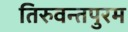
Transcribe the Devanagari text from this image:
तिरुवन्तपुरम